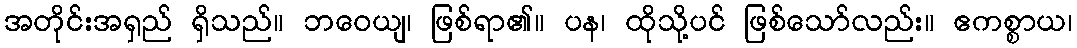
အတိုင်းအရှည် ရှိသည်။ ဘဝေယျ၊ ဖြစ်ရာ၏။ ပန၊ ထိုသို့ပင် ဖြစ်သော်လည်း။ ဧကစ္စာယ၊